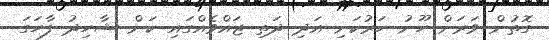
ގޮތުން ވަރަށް ހޫނު ހަރުކަށި އަދި ދަތި ޖައްވެއްގައި ކަން ޝާހިދު ފާހަގަ